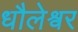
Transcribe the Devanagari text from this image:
धौलेश्वर